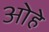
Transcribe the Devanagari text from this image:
ओहे